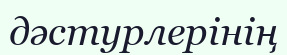
дәстурлерінің